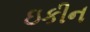
ઇકીન